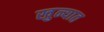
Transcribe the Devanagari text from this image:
खुन्यात